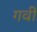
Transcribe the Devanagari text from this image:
गवी